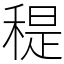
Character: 䅠